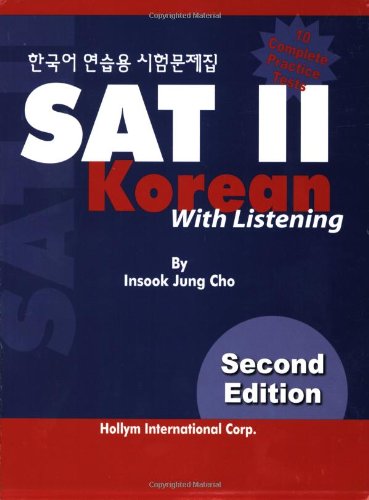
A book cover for Sat II Korean: With Listening CD - Revised; Insook Jung Cho; Test Preparation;